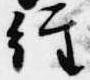
経